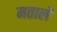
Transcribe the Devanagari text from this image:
मताले